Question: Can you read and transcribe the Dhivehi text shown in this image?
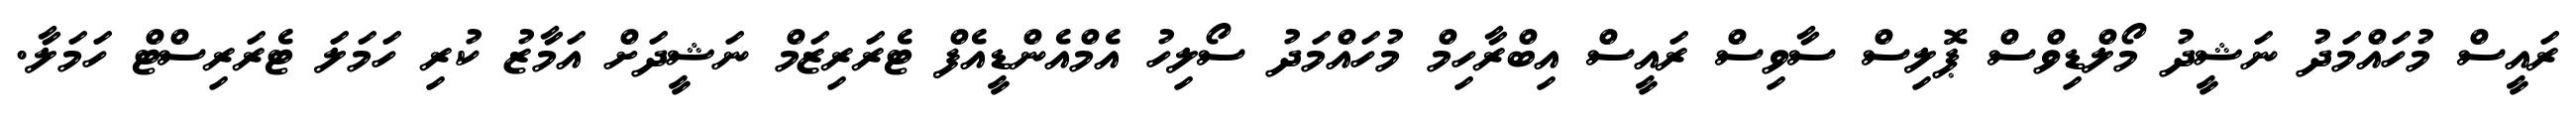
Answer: ރައީސް މުހައްމަދު ނަޝީދު މޯލްޑިވްސް ޕޮލިސް ސާވިސް ރައީސް އިބްރާހިމް މުހައްމަދު ސޯލިހު އެމްއެންޑީއެފް ޓެރަރިޒަމް ނަޝީދަށް އަމާޒު ކުރި ހަމަލަ ޓެރަރިސްޓް ހަމަލާ.